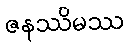
ဇနဿိမဿ